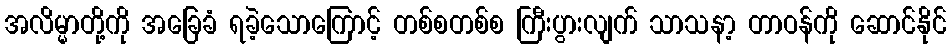
အလိမ္မာတို့ကို အခြေခံ ရခဲ့သောကြောင့် တစ်စတစ်စ ကြီးပွားလျက် သာသနာ့ တာဝန်ကို ဆောင်နိုင်